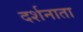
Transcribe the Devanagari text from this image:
दर्शनाता